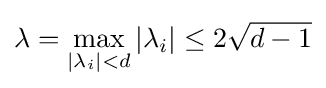
\lambda =\max _{|\lambda _{i}|<d}|\lambda _{i}|\leq 2{\sqrt {d-1}}